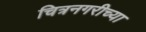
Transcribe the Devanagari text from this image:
चित्रनगरीच्या